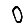
Digit: 0